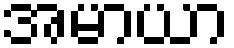
အမာယာ